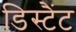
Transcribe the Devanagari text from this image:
डिस्टैंट